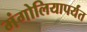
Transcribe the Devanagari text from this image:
मंगोलियापर्यंत